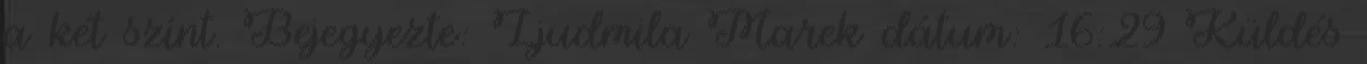
a két színt. Bejegyezte: Ljudmila Marek dátum: 16:29 Küldés